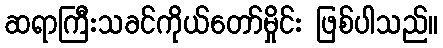
ဆရာကြီးသခင်ကိုယ်တော်မှိုင်း ဖြစ်ပါသည်။